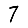
Digit: 7